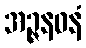
အဉ္ဇနဝနံ